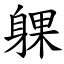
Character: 躶